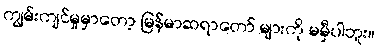
ကျွမ်းကျင်မှုမှာတော့ မြန်မာဆရာတော် များကို မမှီပါဘူး။